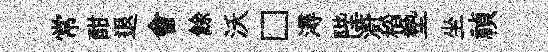
常酣退會餘沃□潯陛滸稻墊坐禎